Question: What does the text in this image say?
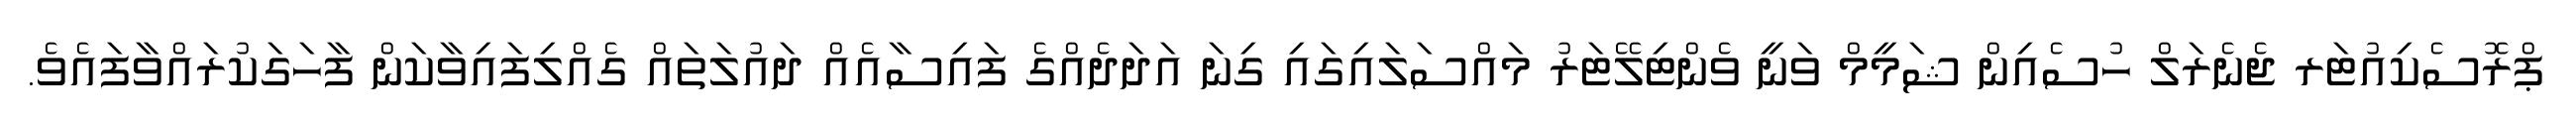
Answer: ޕްރޮސެކިއުޓަރ ޖެނެރަލް ހުސެއިން ޝަމީމް ވަނީ ވެންޓިލޭޓަރު މައްސަލައިގައި ގިނަ އަދަދެއްގެ ފައިސާއެއް ދައުލަތައް ގެއްލިފައިވާކަން ފާހަގަކުރައްވާފައެވެ.